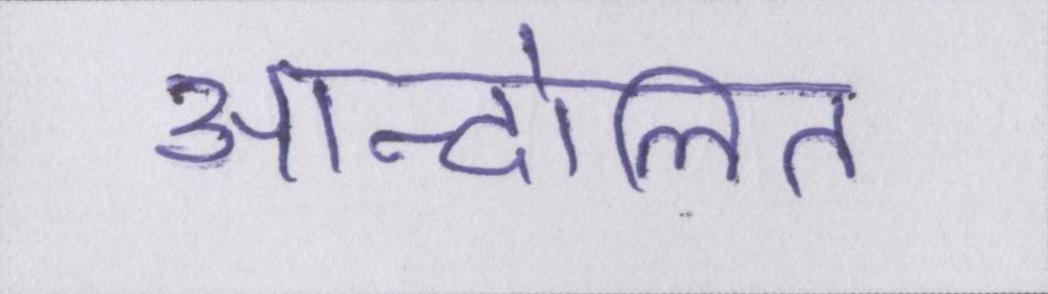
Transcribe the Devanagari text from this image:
आन्दोलित